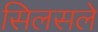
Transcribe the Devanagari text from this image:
सिलसले